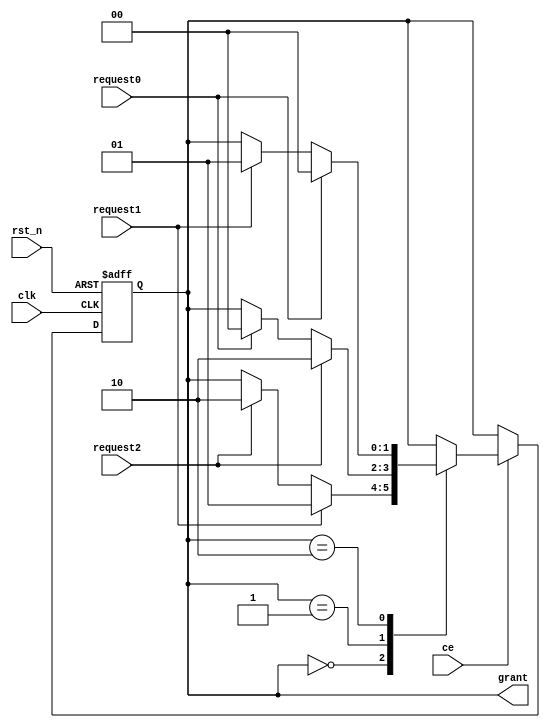
module rr_3req(
    input       clk,
    input       rst_n,
    input       request0,
    input       request1,
    input       request2,
    output reg  [1:0]grant,
    input       ce
);

    initial begin
        grant = 0;
    end

    always @(posedge clk or negedge rst_n) begin
        if (!rst_n) begin
            grant <= 0;
        end
        else begin
            if (ce) begin
                case (grant)
                    0: begin
                        if (request1) begin
                            grant <= 1;
                        end
                        else begin
                            if (request2) begin
                                grant <= 2;
                            end
                            else begin
                            end
                        end
                    end
                    1: begin
                        if (request2) begin
                            grant <= 2;
                        end
                        else begin
                            if (request0) begin
                                grant <= 0;
                            end
                            else begin
                            end
                        end
                    end
                    2: begin
                        if (request0) begin
                            grant <= 0;
                        end
                        else begin
                            if (request1) begin
                                grant <= 1;
                            end
                            else begin
                            end
                        end
                    end
                endcase
            end
        end
    end
endmodule